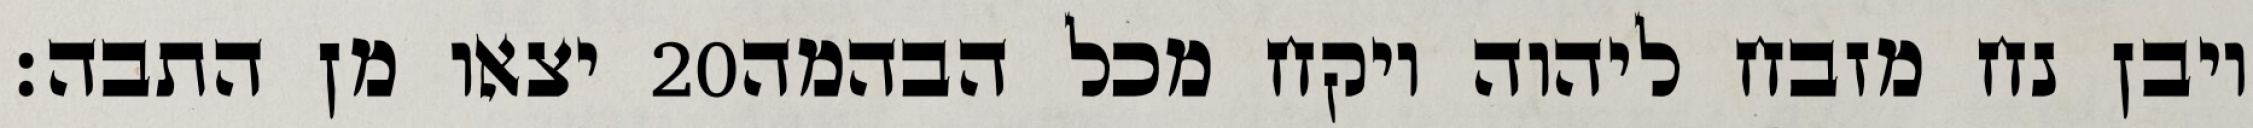
יצאו מן התבה׃ ‎20‏ ויבן נח מזבח ליהוה ויקח מכל הבהמה